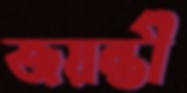
জয়ন্তী